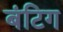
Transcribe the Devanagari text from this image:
बंटिग